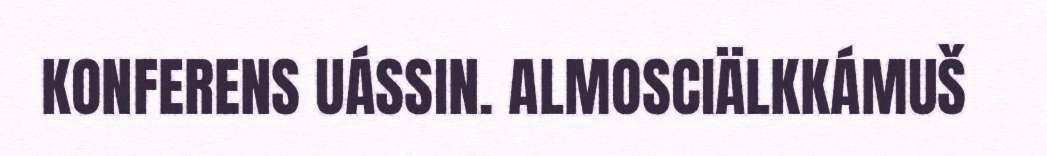
KONFERENS UÁSSIN. ALMOSCIÄLKKÁMUŠ